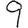
Digit: 9